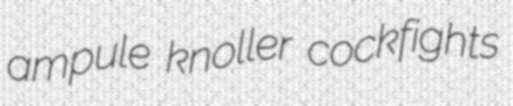
ampule knoller cockfights